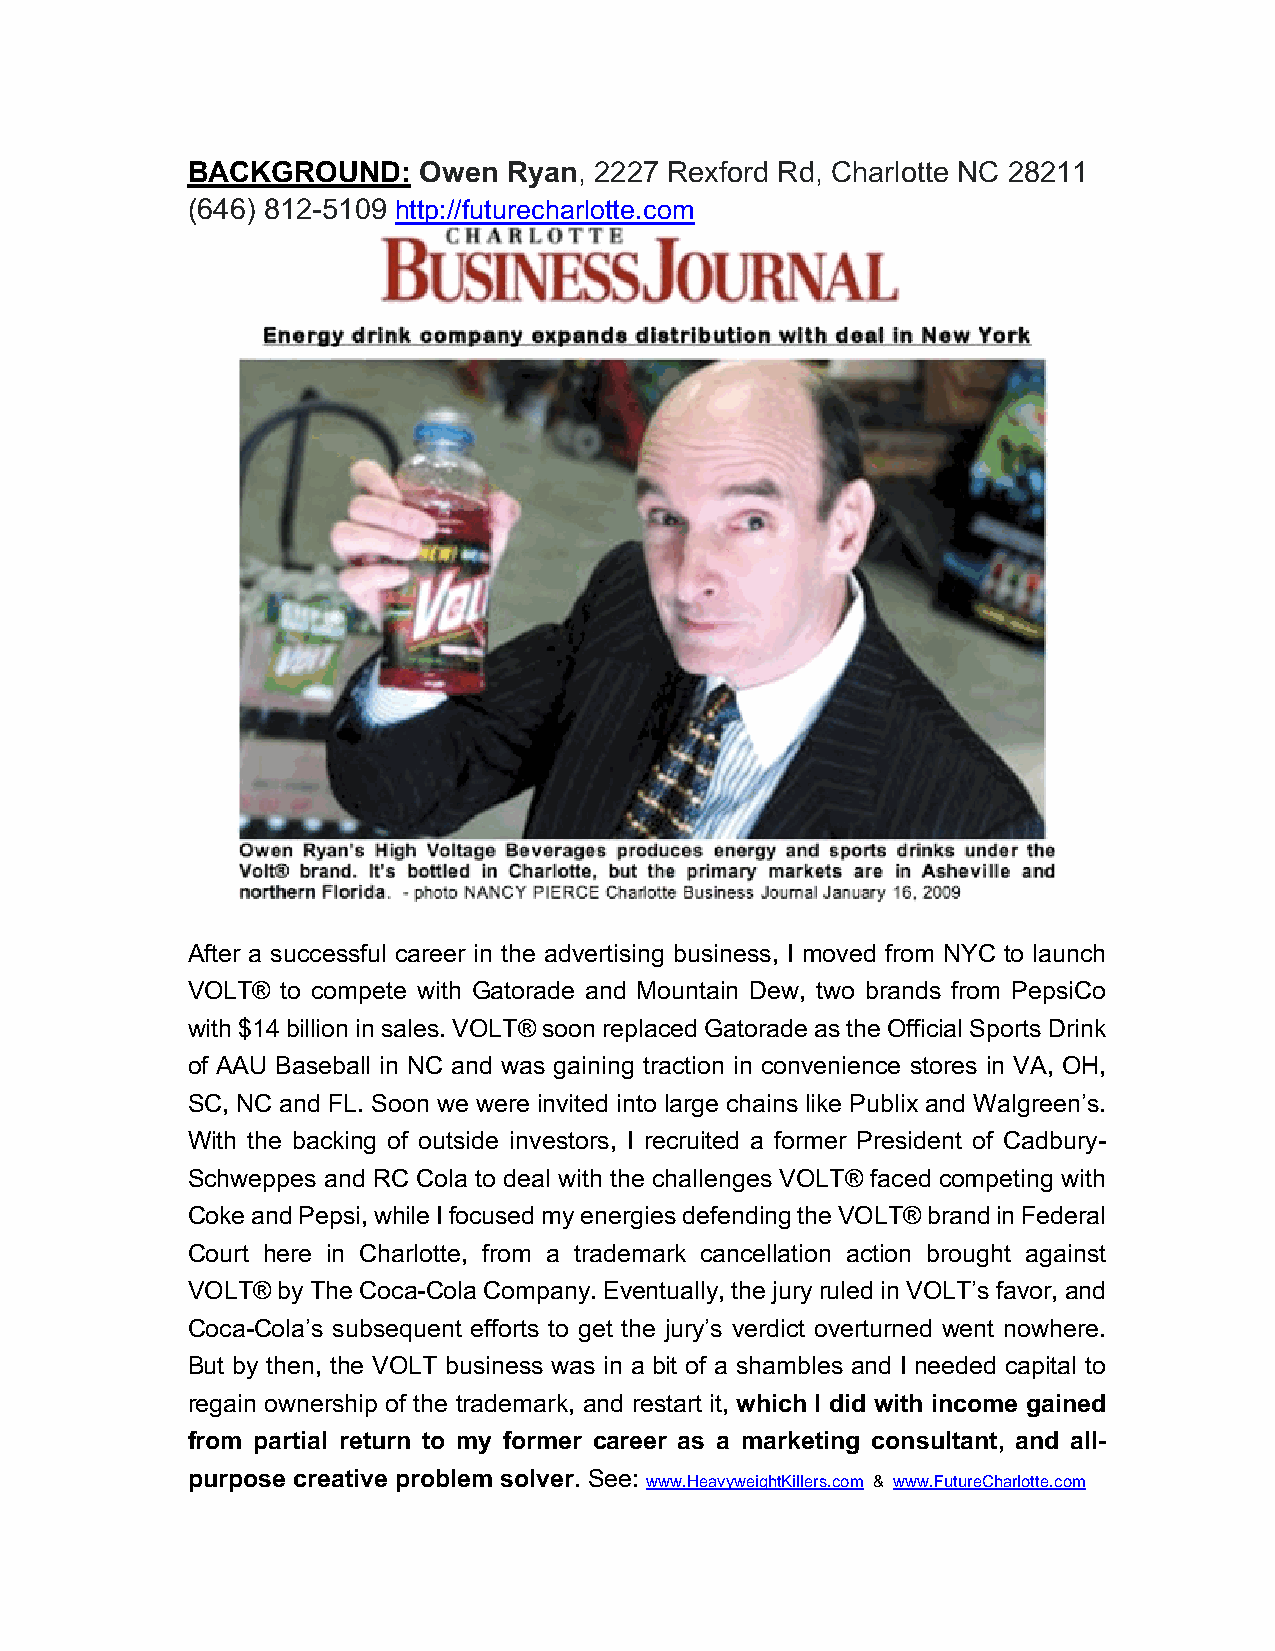
BACKGROUND:     Owen  Ryan, 2227 Rexford Rd, Charlotte NC 28211
 (646) 812-5109 http://futurecharlotte.com
 After a successful career in the advertising business, I moved from NYC to launch
 VOLT®  to compete with Gatorade and Mountain Dew, two brands from PepsiCo
 with $14 billion in sales. VOLT® soon replaced Gatorade as the Official Sports Drink
 of AAU Baseball in NC and was gaining traction in convenience stores in VA, OH,
 SC, NC and FL. Soon we were invited into large chains like Publix and Walgreen’s.
 With the backing of outside investors, I recruited a former President of Cadbury-
 Schweppes and RC Cola to deal with the challenges VOLT® faced competing with
 Coke and Pepsi, while I focused my energies defending the VOLT® brand in Federal
 Court here in Charlotte, from a trademark cancellation action brought against
 VOLT® by The Coca-Cola Company. Eventually, the jury ruled in VOLT’s favor, and
 Coca-Cola’s subsequent efforts to get the jury’s verdict overturned went nowhere.
 But by then, the VOLT business was in a bit of a shambles and I needed capital to
 regain ownership of the trademark, and restart it, which I did with income gained
 from partial return to my former career as a marketing consultant, and all-
 purpose creative problem solver. See:
 www.HeavyweightKillers.com & www.FutureCharlotte.com